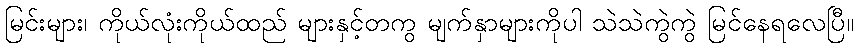
မြင်းများ၊ ကိုယ်လုံးကိုယ်ထည် များနှင့်တကွ မျက်နှာများကိုပါ သဲသဲကွဲကွဲ မြင်နေရလေပြီ။